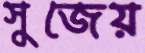
সুজেয়